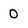
Character: 0